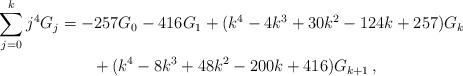
LaTeX: \begin{align*}\sum_{j = 0}^k {j^4 G_j } &= - 257G_0 - 416G_1 + (k^4 - 4k^3 + 30k^2 - 124k + 257)G_k\\&\qquad+ (k^4 - 8k^3 + 48k^2 - 200k + 416)G_{k + 1}\,,\end{align*}